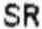
SR